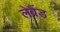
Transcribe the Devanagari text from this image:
लेब्रैंड